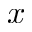
\mathscr { x }